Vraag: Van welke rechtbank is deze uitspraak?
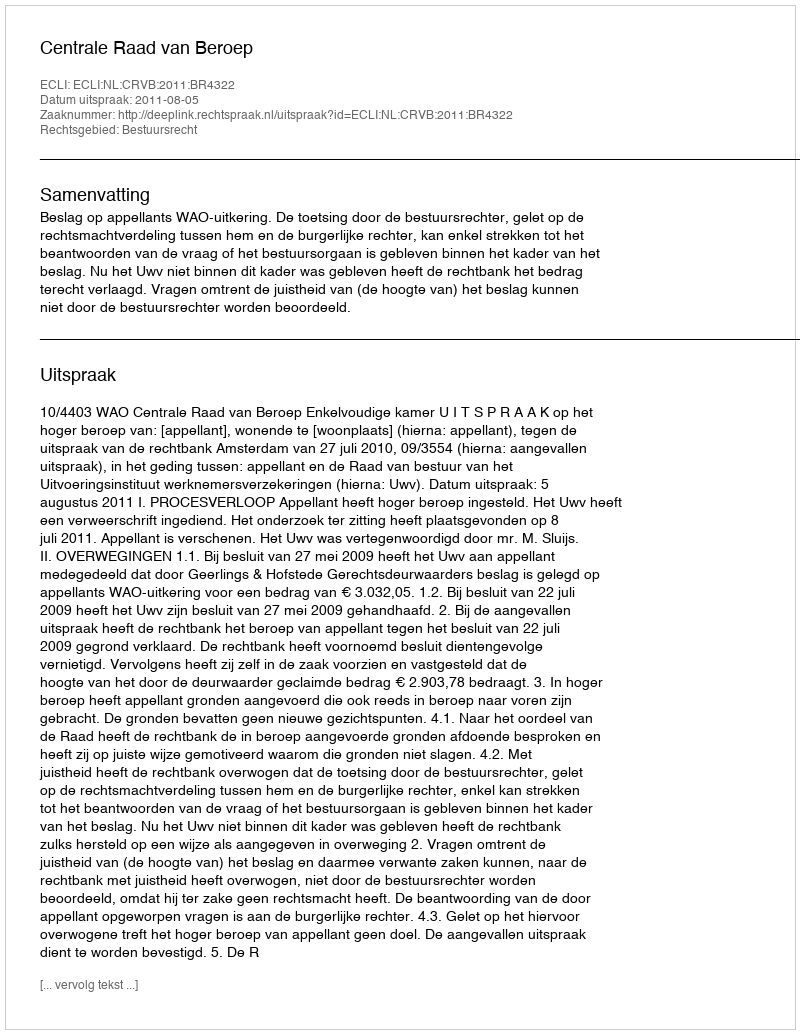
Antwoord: Centrale Raad van Beroep